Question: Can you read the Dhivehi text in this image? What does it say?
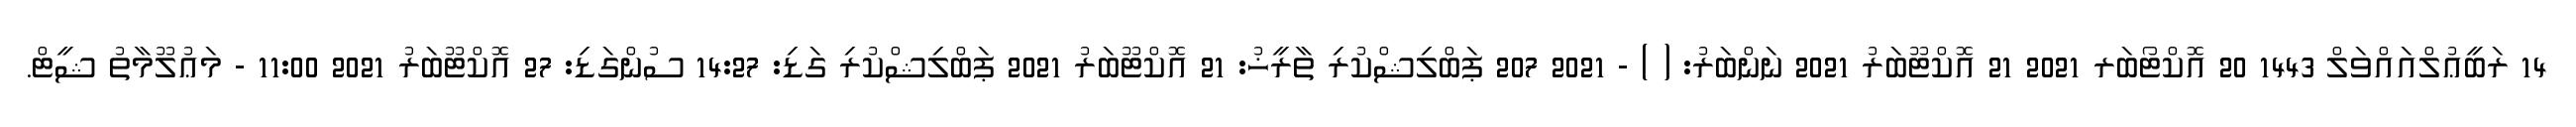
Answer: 14 ރަބީޢުލްއައްވަލް 1443 20 އޮކްޓޯބަރ 2021 21 އޮކްޓޫބަރު 2021 ނަންބަރު: ( ) - 2021 207 ޕަބްލިޝްކުރި ތާރީޚު: 21 އޮކްޓޫބަރު 2021 ޕަބްލިޝްކުރި ގަޑި: 14:27 ސުންގަޑި: 27 އޮކްޓޫބަރު 2021 11:00 - މަޢުލޫމާތު ޝީޓް.